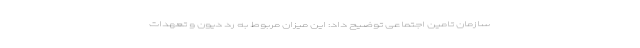
سازمان تامین اجتماعی توضیح داد: این میزان مربوط به رد دیون و تعهدات